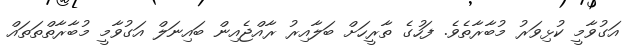
އަގުވާމީ ކުޅިވަރު މުބާރާތެވެ. ފަހުގެ ތާރީހަށް ބަލާއިރު ރާއްޖެއިން ބައިނަލް އަގުވާމީ މުބާރާތްތަތައް